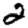
Digit: 2